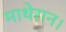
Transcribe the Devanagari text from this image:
माथेरान।